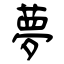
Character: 夢